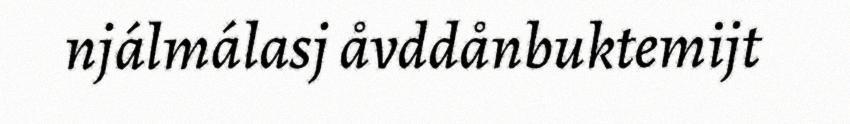
njálmálasj åvddånbuktemijt